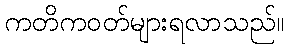
ကတိကဝတ်များရလာသည်။